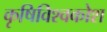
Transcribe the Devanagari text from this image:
कृषिविश्वकोश